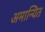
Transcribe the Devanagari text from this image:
अमान्यित